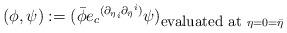
LaTeX: \begin{align*}( \phi , \psi ) := {( \bar{\phi} {e_c}^{({{\partial}_{\eta}}_i{{\partial}_{\bar{\eta}}}^i)} \psi )}_{\mbox{\small evaluated at \rm} \eta =0 = \bar{\eta} }\end{align*}